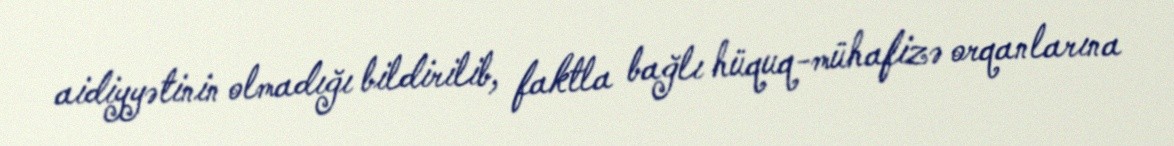
aidiyyətinin olmadığı bildirilib, faktla bağlı hüquq-mühafizə orqanlarına